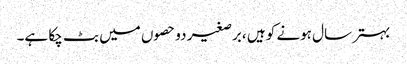
بہتر سال ہونے کو ہیں ،برصغیر دو حصوں میں بٹ چکا ہے۔